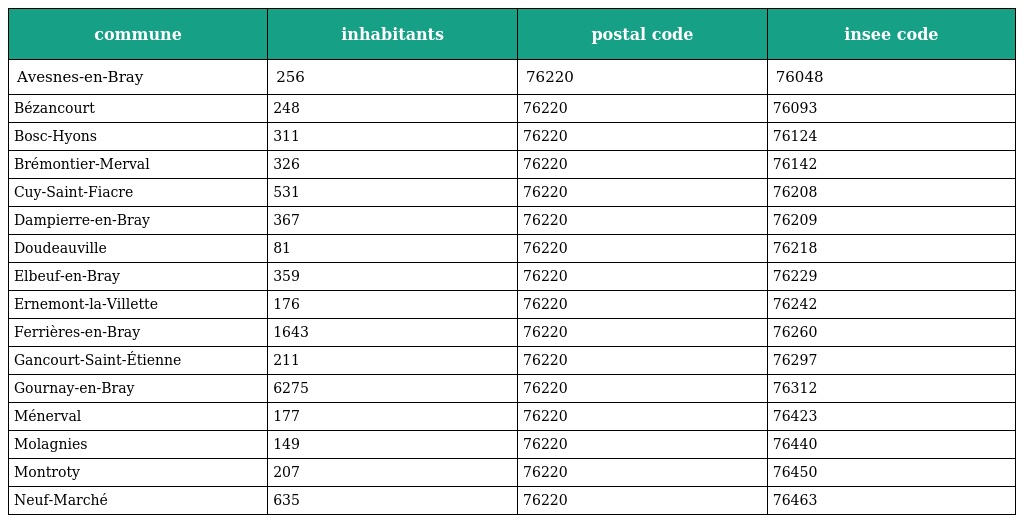
| commune | inhabitants | postal code | insee code |
 | --- | --- | --- | --- |
 | Avesnes-en-Bray | 256 | 76220 | 76048 |
 | Bézancourt | 248 | 76220 | 76093 |
 | Bosc-Hyons | 311 | 76220 | 76124 |
 | Brémontier-Merval | 326 | 76220 | 76142 |
 | Cuy-Saint-Fiacre | 531 | 76220 | 76208 |
 | Dampierre-en-Bray | 367 | 76220 | 76209 |
 | Doudeauville | 81 | 76220 | 76218 |
 | Elbeuf-en-Bray | 359 | 76220 | 76229 |
 | Ernemont-la-Villette | 176 | 76220 | 76242 |
 | Ferrières-en-Bray | 1643 | 76220 | 76260 |
 | Gancourt-Saint-Étienne | 211 | 76220 | 76297 |
 | Gournay-en-Bray | 6275 | 76220 | 76312 |
 | Ménerval | 177 | 76220 | 76423 |
 | Molagnies | 149 | 76220 | 76440 |
 | Montroty | 207 | 76220 | 76450 |
 | Neuf-Marché | 635 | 76220 | 76463 |